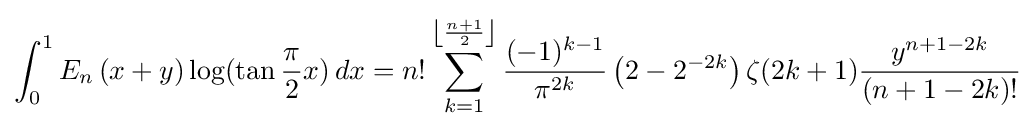
\int _{0}^{1}E_{n}\left(x+y\right)\log(\tan {\frac {\pi }{2}}x)\,dx=n!\sum _{k=1}^{\left\lfloor {\frac {n+1}{2}}\right\rfloor }{\frac {(-1)^{k-1}}{\pi ^{2k}}}\left(2-2^{-2k}\right)\zeta (2k+1){\frac {y^{n+1-2k}}{(n+1-2k)!}}